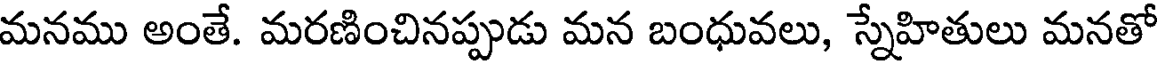
మనము అంతే. మరణించినప్పుడు మన బంధువలు, స్నేహితులు మనతో